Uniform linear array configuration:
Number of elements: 8
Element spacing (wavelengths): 1
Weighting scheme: blackman
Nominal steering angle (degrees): -15
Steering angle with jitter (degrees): -16.403
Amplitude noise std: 0.05
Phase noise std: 0.05

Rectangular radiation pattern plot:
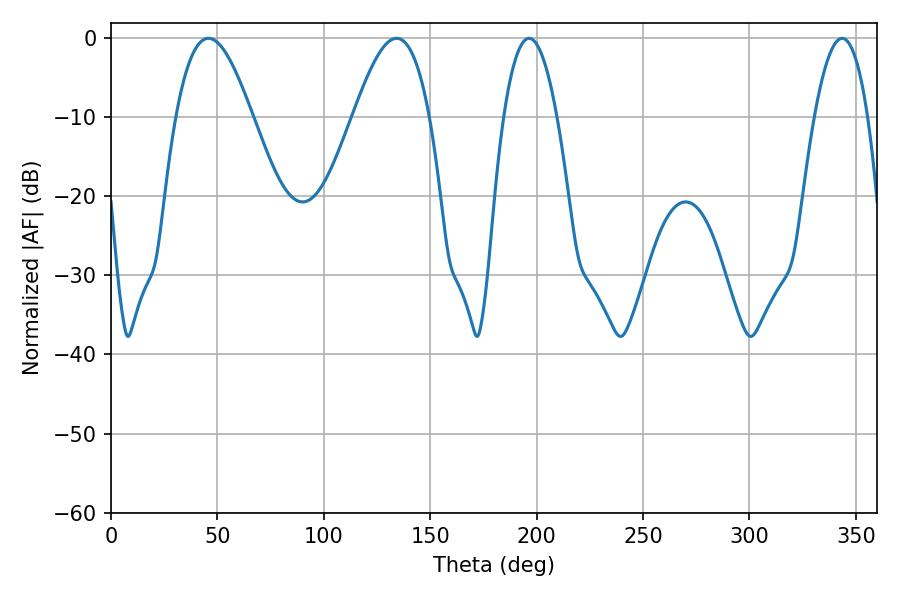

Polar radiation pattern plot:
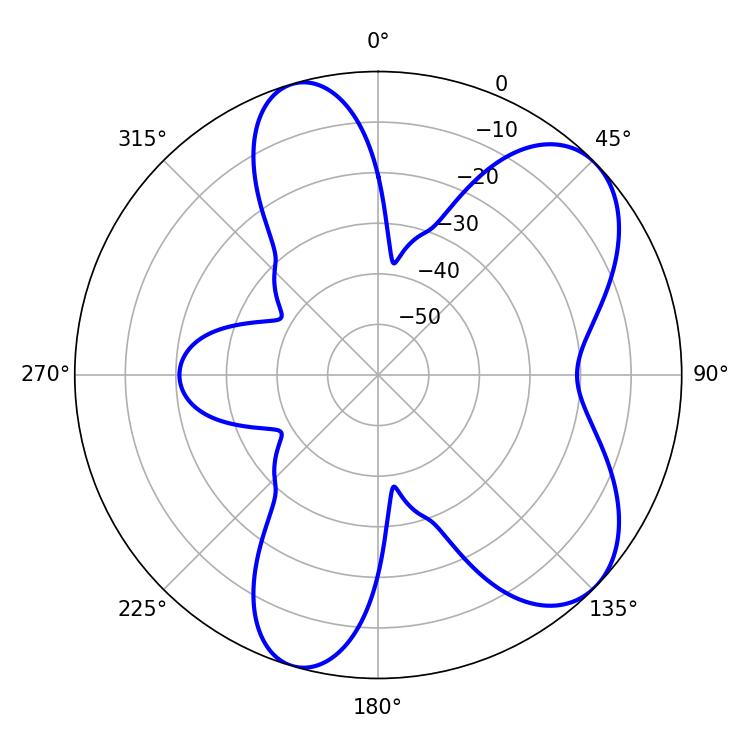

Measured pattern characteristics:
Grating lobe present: TRUE
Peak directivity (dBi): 7.085
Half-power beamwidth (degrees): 19.44
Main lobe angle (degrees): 45.72